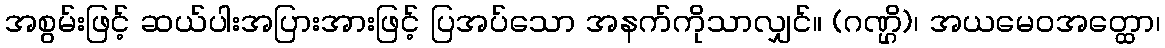
အစွမ်းဖြင့် ဆယ်ပါးအပြားအားဖြင့် ပြအပ်သော အနက်ကိုသာလျှင်။ (ဂဏ္ဌိ)၊ အယမေဝအတ္ထော၊